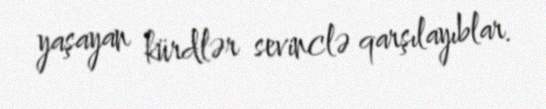
yaşayan kürdlər sevinclə qarşılayıblar.